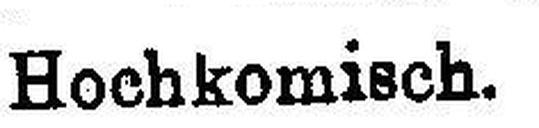
Hochkomisch.